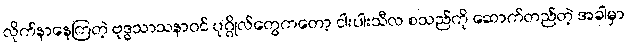
လိုက်နာနေကြတဲ့ ဗုဒ္ဓသာသနာဝင် ပုဂ္ဂိုလ်တွေကတော့ ငါးပါးသီလ စသည်ကို ဆောက်တည်တဲ့ အခါမှာ